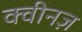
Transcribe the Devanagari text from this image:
क्वीनज़